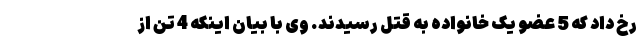
رخ داد که 5 عضو یک خانواده به قتل رسیدند. وی با بیان اینکه 4 تن از